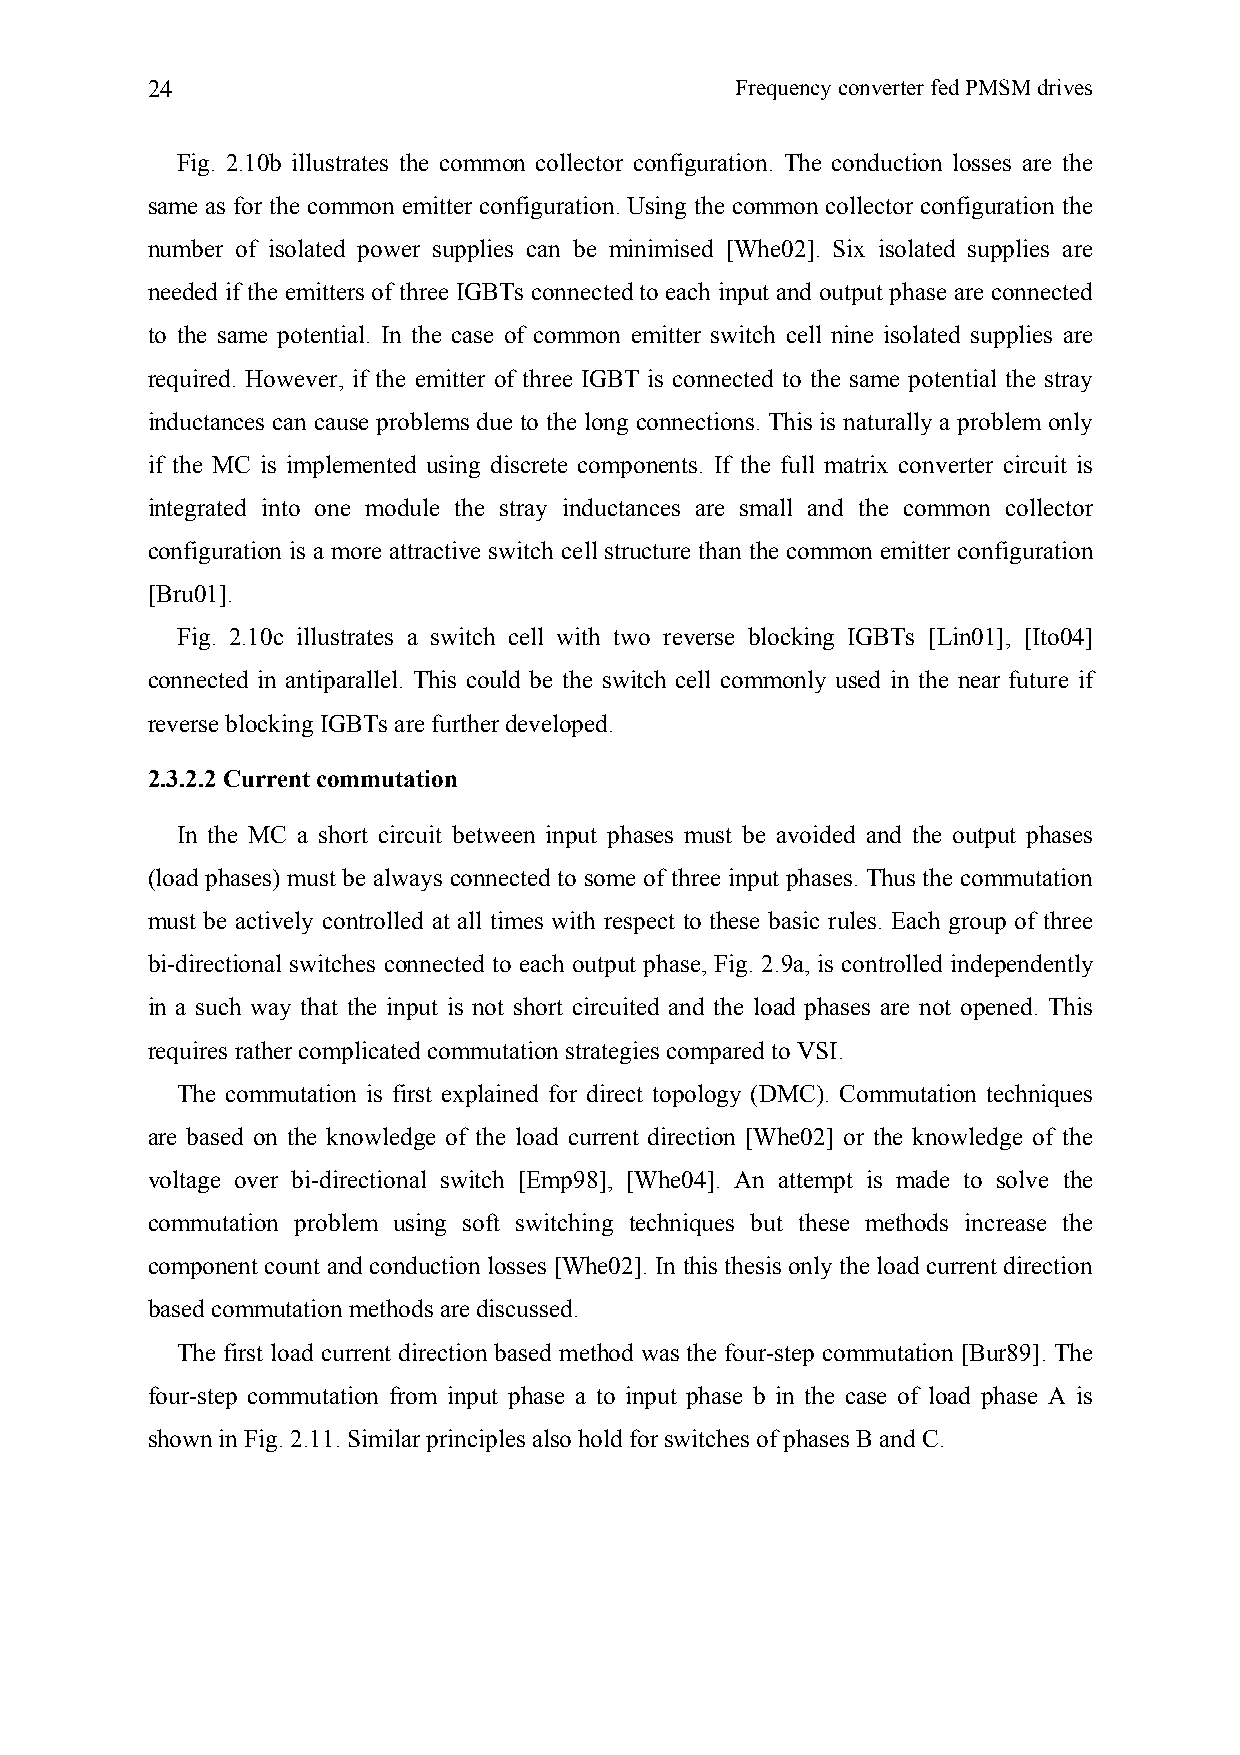
24                                     Frequency converter fed PMSM drives
 Fig. 2.10b illustrates the common collector configuration. The conduction losses are the
 same as for the common emitter configuration. Using the common collector configuration the
 number of isolated power supplies can be minimised [Whe02]. Six isolated supplies are
 needed if the emitters of three IGBTs connected to each input and output phase are connected
 to the same potential. In the case of common emitter switch cell nine isolated supplies are
 required. However, if the emitter of three IGBT is connected to the same potential the stray
 inductances can cause problems due to the long connections. This is naturally a problem only
 if the MC is implemented using discrete components. If the full matrix converter circuit is
 integrated into one module the stray inductances are small and the common collector
 configuration is a more attractive switch cell structure than the common emitter configuration
 [Bru01].
 Fig. 2.10c illustrates a switch cell with two reverse blocking IGBTs [Lin01], [Ito04]
 connected in antiparallel. This could be the switch cell commonly used in the near future if
 reverse blocking IGBTs are further developed.
 2.3.2.2 Current commutation
 In the MC a short circuit between input phases must be avoided and the output phases
 (load phases) must be always connected to some of three input phases. Thus the commutation
 must be actively controlled at all times with respect to these basic rules. Each group of three
 bi-directional switches connected to each output phase, Fig. 2.9a, is controlled independently
 in a such way that the input is not short circuited and the load phases are not opened. This
 requires rather complicated commutation strategies compared to VSI.
 The commutation is first explained for direct topology (DMC). Commutation techniques
 are based on the knowledge of the load current direction [Whe02] or the knowledge of the
 voltage over bi-directional switch [Emp98], [Whe04]. An attempt is made to solve the
 commutation problem using soft switching techniques but these methods increase the
 component count and conduction losses [Whe02]. In this thesis only the load current direction
 based commutation methods are discussed.
 The first load current direction based method was the four-step commutation [Bur89]. The
 four-step commutation from input phase a to input phase b in the case of load phase A is
 shown in Fig. 2.11. Similar principles also hold for switches of phases B and C.